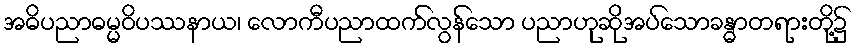
အဓိပညာဓမ္မဝိပဿနာယ၊ လောကီပညာထက်လွန်သော ပညာဟုဆိုအပ်သောခန္ဓာတရားတို့၌